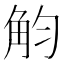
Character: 𧣏